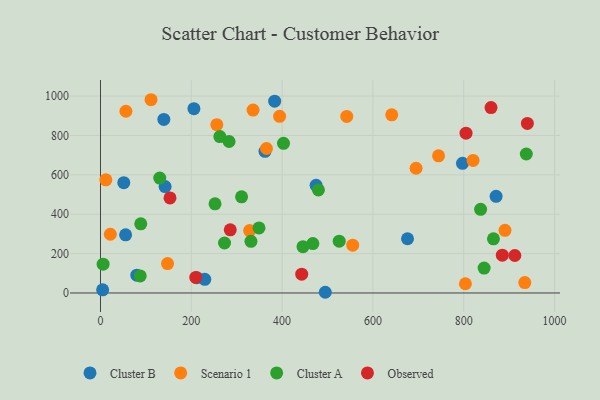
{"axis": {"x": "Study Hours", "y": "Fuel Efficiency"}, "legend": ["Cluster A", "Cluster B", "Observed", "Scenario 1"], "data": [{"x": "80.0", "y": 90.6, "type": "Cluster B"}, {"x": "362.3", "y": 719.3, "type": "Cluster B"}, {"x": "55.3", "y": 295.4, "type": "Cluster B"}, {"x": "4.7", "y": 15.9, "type": "Cluster B"}, {"x": "212.1", "y": 77.9, "type": "Cluster B"}, {"x": "676.2", "y": 275.4, "type": "Cluster B"}, {"x": "229.7", "y": 69.2, "type": "Cluster B"}, {"x": "797.3", "y": 658.4, "type": "Cluster B"}, {"x": "383.6", "y": 974.4, "type": "Cluster B"}, {"x": "495.1", "y": 3.6, "type": "Cluster B"}, {"x": "205.8", "y": 936.0, "type": "Cluster B"}, {"x": "474.9", "y": 546.7, "type": "Cluster B"}, {"x": "51.3", "y": 560.4, "type": "Cluster B"}, {"x": "142.3", "y": 540.5, "type": "Cluster B"}, {"x": "139.5", "y": 881.3, "type": "Cluster B"}, {"x": "871.3", "y": 490.8, "type": "Cluster B"}, {"x": "542.4", "y": 896.9, "type": "Scenario 1"}, {"x": "394.5", "y": 897.3, "type": "Scenario 1"}, {"x": "934.5", "y": 52.7, "type": "Scenario 1"}, {"x": "256.2", "y": 854.8, "type": "Scenario 1"}, {"x": "21.7", "y": 298.2, "type": "Scenario 1"}, {"x": "820.6", "y": 673.5, "type": "Scenario 1"}, {"x": "365.6", "y": 733.8, "type": "Scenario 1"}, {"x": "336.0", "y": 929.0, "type": "Scenario 1"}, {"x": "890.9", "y": 318.3, "type": "Scenario 1"}, {"x": "744.6", "y": 696.9, "type": "Scenario 1"}, {"x": "328.5", "y": 317.0, "type": "Scenario 1"}, {"x": "641.5", "y": 904.9, "type": "Scenario 1"}, {"x": "11.8", "y": 575.0, "type": "Scenario 1"}, {"x": "695.1", "y": 633.5, "type": "Scenario 1"}, {"x": "803.7", "y": 46.8, "type": "Scenario 1"}, {"x": "111.3", "y": 981.6, "type": "Scenario 1"}, {"x": "147.7", "y": 149.2, "type": "Scenario 1"}, {"x": "56.0", "y": 923.0, "type": "Scenario 1"}, {"x": "555.5", "y": 242.8, "type": "Scenario 1"}, {"x": "403.1", "y": 760.4, "type": "Cluster A"}, {"x": "331.4", "y": 262.4, "type": "Cluster A"}, {"x": "252.3", "y": 453.1, "type": "Cluster A"}, {"x": "446.0", "y": 235.0, "type": "Cluster A"}, {"x": "88.7", "y": 351.1, "type": "Cluster A"}, {"x": "865.5", "y": 274.9, "type": "Cluster A"}, {"x": "273.2", "y": 254.0, "type": "Cluster A"}, {"x": "262.9", "y": 794.5, "type": "Cluster A"}, {"x": "5.8", "y": 146.3, "type": "Cluster A"}, {"x": "937.8", "y": 706.0, "type": "Cluster A"}, {"x": "467.7", "y": 251.2, "type": "Cluster A"}, {"x": "349.1", "y": 330.4, "type": "Cluster A"}, {"x": "480.0", "y": 523.3, "type": "Cluster A"}, {"x": "283.2", "y": 769.3, "type": "Cluster A"}, {"x": "844.9", "y": 126.7, "type": "Cluster A"}, {"x": "837.2", "y": 424.7, "type": "Cluster A"}, {"x": "130.5", "y": 583.6, "type": "Cluster A"}, {"x": "310.7", "y": 488.5, "type": "Cluster A"}, {"x": "87.5", "y": 86.7, "type": "Cluster A"}, {"x": "525.8", "y": 263.0, "type": "Cluster A"}, {"x": "153.1", "y": 482.8, "type": "Observed"}, {"x": "805.1", "y": 811.6, "type": "Observed"}, {"x": "885.0", "y": 192.2, "type": "Observed"}, {"x": "209.8", "y": 78.8, "type": "Observed"}, {"x": "940.2", "y": 861.2, "type": "Observed"}, {"x": "912.6", "y": 190.5, "type": "Observed"}, {"x": "860.1", "y": 941.6, "type": "Observed"}, {"x": "443.2", "y": 95.6, "type": "Observed"}, {"x": "285.8", "y": 320.8, "type": "Observed"}]}